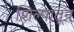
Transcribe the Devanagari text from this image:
शिल्पातून